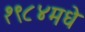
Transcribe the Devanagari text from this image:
१९८४मधे